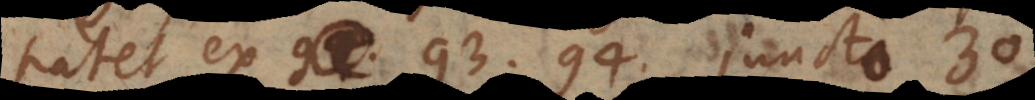
patet ex 93, 94, juncto 30.